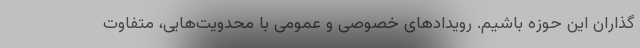
گذاران این حوزه باشیم. رویدادهای خصوصی و عمومی با محدویت‌هایی، متفاوت‌